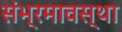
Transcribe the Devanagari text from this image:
संभ्रमावस्था